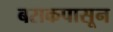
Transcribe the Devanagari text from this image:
बराकपासून